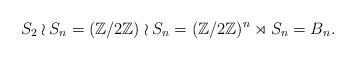
LaTeX: \begin{align*}S_2 \wr S_n = (\mathbb Z/2 \mathbb Z) \wr S_n = (\mathbb Z/2 \mathbb Z)^n \rtimes S_n = B_n.\end{align*}